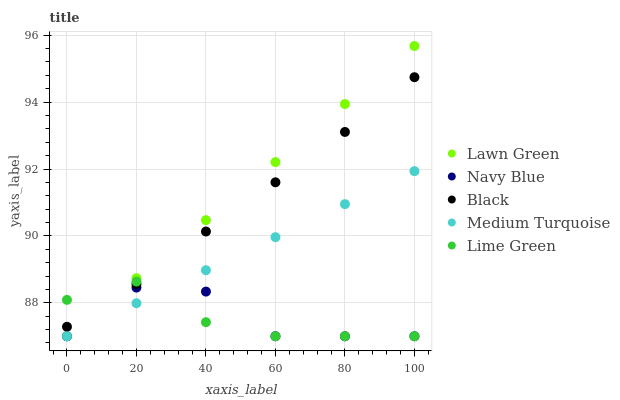
| xaxis_label | Lawn Green | Navy Blue | Black | Medium Turquoise | Lime Green |
 | --- | --- | --- | --- | --- | --- |
 | 0 | 87 | 87 | 87.3 | 87 | 88.1 |
 | 20 | 88.7 | 88.5 | 88.6 | 88 | 88.6 |
 | 40 | 90.5 | 88.3 | 90.1 | 89 | 87.4 |
 | 60 | 92.2 | 87 | 91.6 | 90 | 87 |
 | 80 | 93.9 | 87 | 93.1 | 90.9 | 87 |
 | 100 | 95.7 | 87 | 94.7 | 91.9 | 87 |